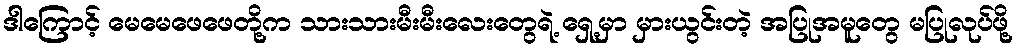
ဒါကြောင့် မေမေဖေဖေတို့က သားသားမီးမီးလေးတွေရဲ့ ရှေ့မှာ မှားယွင်းတဲ့ အပြုအမူတွေ မပြုလုပ်ဖို့